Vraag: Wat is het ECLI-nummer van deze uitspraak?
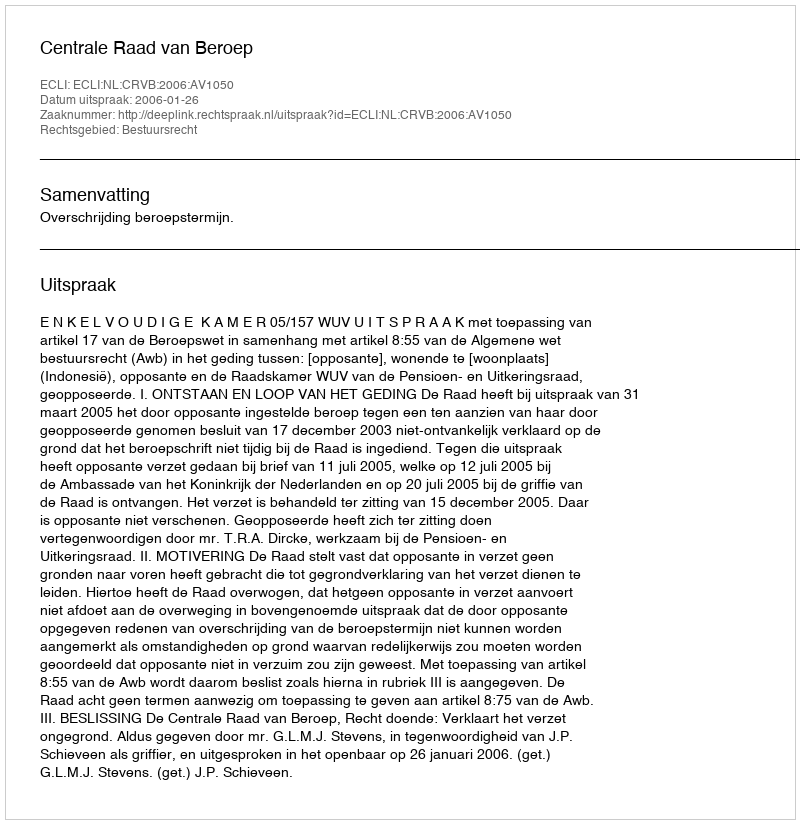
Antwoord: ECLI:NL:CRVB:2006:AV1050